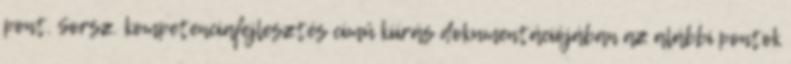
pont. Sorsz. kompetenciafejlesztés című kiírás dokumentációjában az alábbi pontok